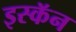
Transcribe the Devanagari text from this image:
इस्कॅन